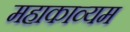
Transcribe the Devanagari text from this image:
महाकाव्यम